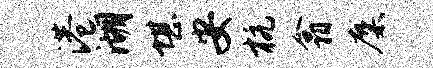
港湖堪安杭翕麋